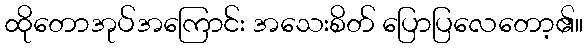
ထိုတောအုပ်အကြောင်း အသေးစိတ် ပြောပြလေတော့၏။